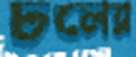
ঢলের